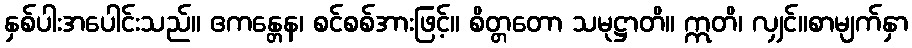
နှစ်ပါးအပေါင်းသည်။ ဧကန္တေန၊ စင်စစ်အားဖြင့်။ စိတ္တတော သမုဋ္ဌာတိ။ ဣတိ၊ လျှင်။စာမျက်နှာ